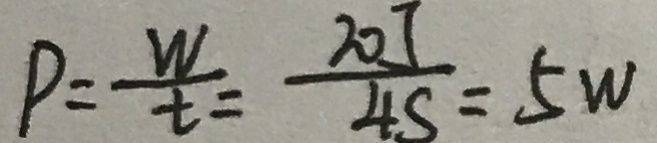
P = \frac { W } { t } = \frac { 2 0 1 } { 4 S } = 5 W